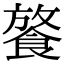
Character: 𩜢